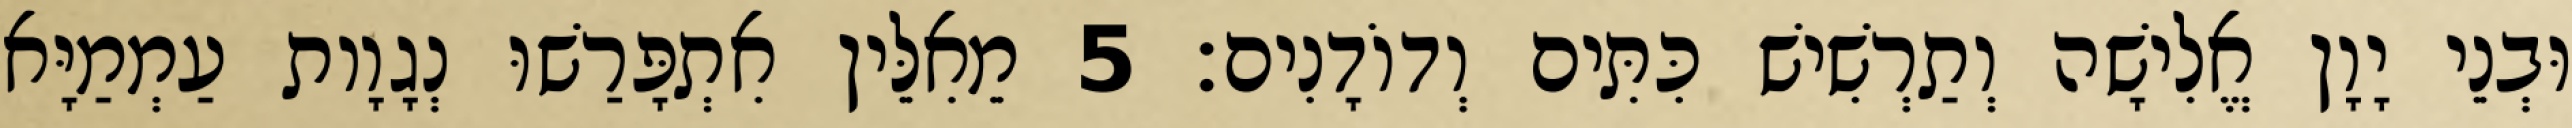
וּבְנֵי יָוָן אֱלִישָׁה וְתַרְשִׁישׁ כִּתִּים וְדוֹדָנִים׃ 5 מֵאִלֵּין אִתְפָּרַשׁוּ נְגָוָות עַמְמַיָּא